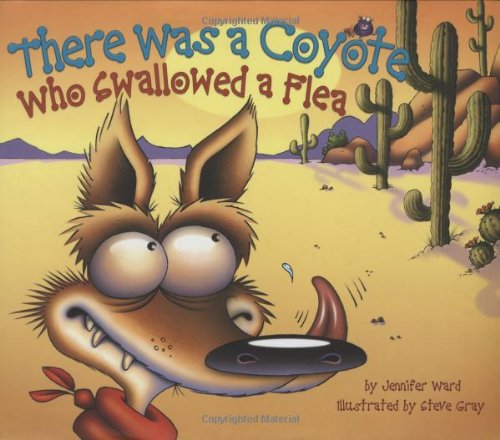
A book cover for There Was a Coyote Who Swallowed a Flea; Jennifer Ward; Children's Books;